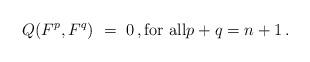
LaTeX: \begin{align*} Q(F^p,F^q) \ = \ 0 \,,\hbox{for all} p+q = n+1 \,.\end{align*}